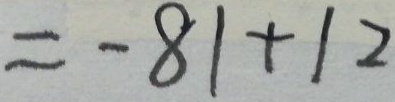
= - 8 1 + 1 2